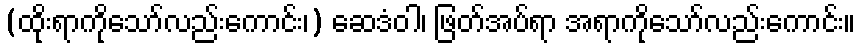
(ထိုးရာကိုသော်လည်းကောင်း၊) ဆေဒံဝါ၊ ဖြတ်အပ်ရာ အရာကိုသော်လည်းကောင်း။